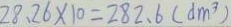
2 8 . 2 6 \times 1 0 = 2 8 2 . 6 ( d m ^ { 3 } )